Civil Veterinary Dept. Bombay admin report 1914-1922 - 1914-1922
Year: 1914
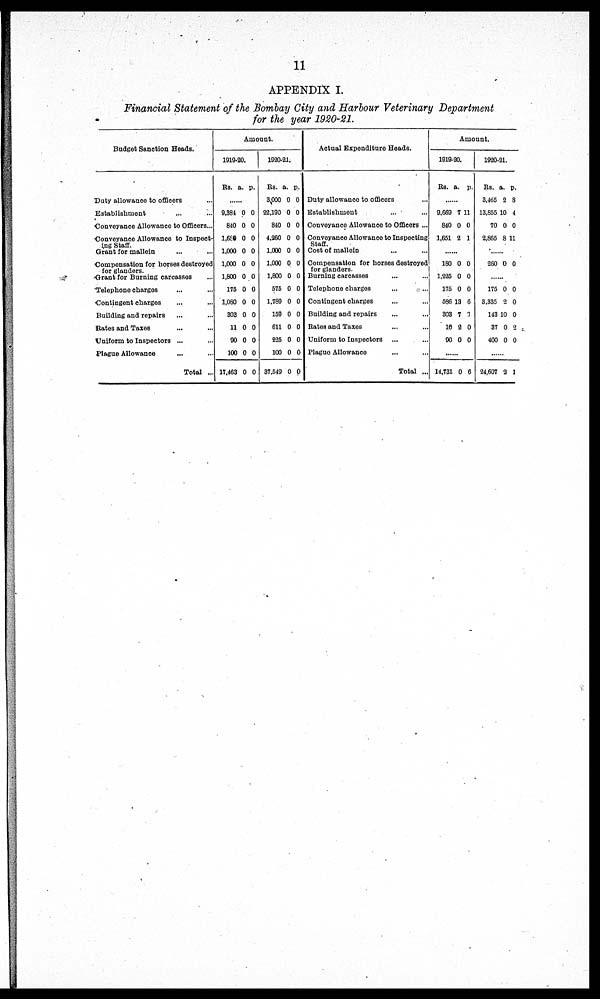
11
APPENDIX I.
Financial Statement of the Bombay City and Harbour Veterinary Department
for the year 1920-21.
Budget Sanction Heads.
Duty allowance to officers ...
Establishment ... ...
Conveyance Allowance to Officers ...
Conveyance Allowance to Inspect-
ing Staff.
Grant for mallein ... ...
Compensation for horses destroyed
for glanders.
Grant for Burning carcasses
Telephone charges ... ...
Contingent charges ... ...
Building and repairs ... ...
Rates and Taxes ... ...
Uniform to Inspectors ...
Plague Allowance ... ...
Total ...
Amount.
1919-20.
Rs. a. p.
......
9,381
840
l,680
1,000
1,000
1,800
175
1,080
303
11
90
100
17,463
0
0
0
0
0
0
0
0
0
0
0
0
0
0
0
0
0
0
0
0
0
0
0
0
0
0
1920-21.
Rs.
3,000
22,190
840
4,260
1,000
1,000
1,800
576
1,789
159
611
225
100
37,549
a.
0
0
0
0
0
0
0
0
0
0
0
0
0
0
p.
0
0
0
0
0
0
0
0
0
0
0
0
0
0
Actual Expenditure Heads.
Duty allowance to officers ...
Establishment ... ...
Conveyance Allowance to Officers ...
Conveyance Allowance to Inspecting
Staff.
Cost of mallein ... ...
Compensation for horses destroyed
for glanders.
Burning carcasses ... ...
Telephone charges ... ...
Contingent charges ... ...
Building and repairs ... ...
Bates and Taxes ... ...
Uniform to Inspectors ... ...
Plague Allowance ... ...
Total ...
Amount.
1919-20.
Rs. a. p.
......
9,669
840
1,651
7
0
2
11
0
1
......
180
1,225
175
586
303
10
90
0
0
0
13
7
9
0
0
0
0
6
3
0
0
......
14,731 0 6
1920-21.
Rs.
3,465
13,855
70
2,865
a.
2
10
0
8
p.
8
4
0
11
......
260 0 0
......
175
3,335
143
37
400
0
2
10
0
0
0
0
0
2
0
......
24,607 2 1